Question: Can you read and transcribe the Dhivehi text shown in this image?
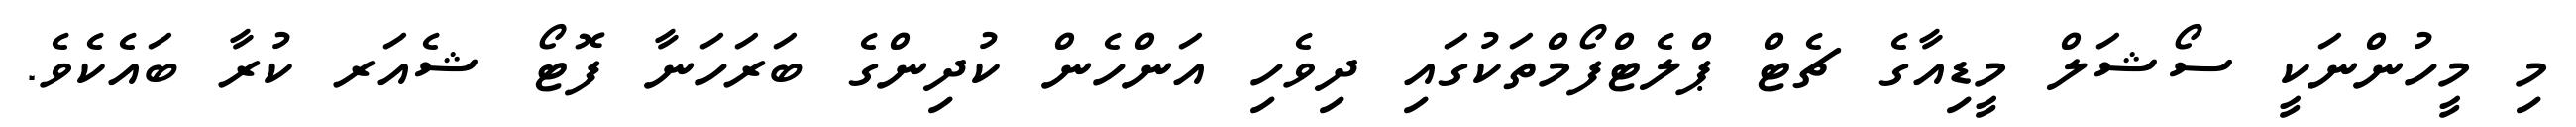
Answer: މި މީހުންނަކީ ސޯޝަލް މީޑިއާގެ ޗެޓް ޕްލެޓްފޯމްތަކުގައި ދިވެހި އަންހެން ކުދިންގެ ބަރަހަނާ ފޮޓޯ ޝެއަރ ކުރާ ބައެކެވެ.